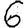
Digit: 6